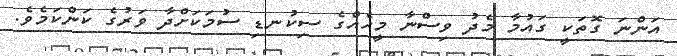
އަންނަ ގޮތަކީ ގައުމާ މެދު ވިސްނާ މީހެއްގެ ސިކުނޑި ސުމަކަށްދާ ވަރުުގެ ކަންކަމެވެ.